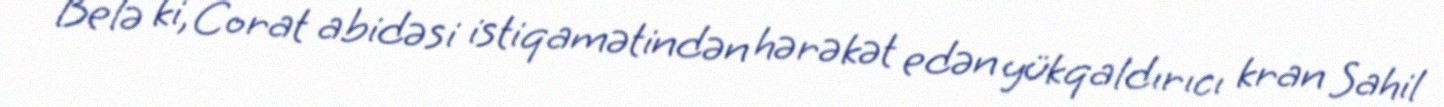
Belə ki, Corat abidəsi istiqamətindən hərəkət edən yükqaldırıcı kran Sahil